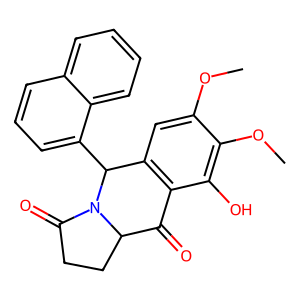
SMILES: COc1cc2c(c(O)c1OC)C(=O)C1CCC(=O)N1C2c1cccc2ccccc12
Inhibits HIV replication: No